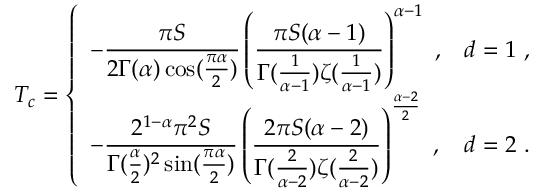
T _ { c } = \left\{ \begin{array} { l l } { - { \displaystyle { \frac { \pi S } { 2 \Gamma ( \alpha ) \cos ( \frac { \pi \alpha } { 2 } ) } } } \left( { \displaystyle { \frac { \pi S ( \alpha - 1 ) } { \Gamma ( \frac { 1 } { \alpha - 1 } ) \zeta ( \frac { 1 } { \alpha - 1 } ) } } } \right) ^ { \alpha - 1 } ~ , } & { d = 1 ~ , } \\ { - { \displaystyle { \frac { 2 ^ { 1 - \alpha } \pi ^ { 2 } S } { \Gamma ( \frac \alpha 2 ) ^ { 2 } \sin ( \frac { \pi \alpha } { 2 } ) } } } \left( { \displaystyle { \frac { 2 \pi S ( \alpha - 2 ) } { \Gamma ( \frac { 2 } { \alpha - 2 } ) \zeta ( \frac { 2 } { \alpha - 2 } ) } } } \right) ^ { \frac { \alpha - 2 } { 2 } } ~ , } & { d = 2 ~ . } \end{array} \right.